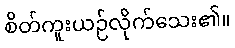
စိတ်ကူးယဉ်လိုက်သေး၏။